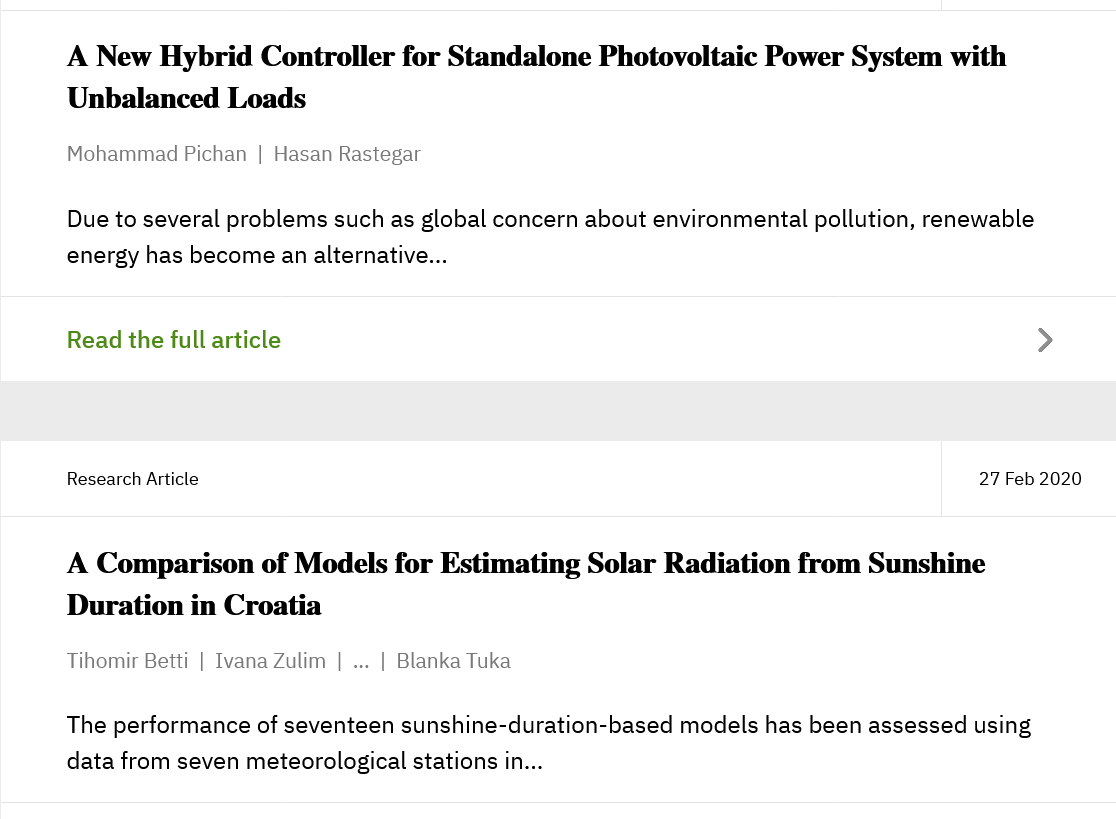
Due to several problems such as global concern about environmental pollution, renewable
     energy has become an alternative...
     A Comparison   of Models  for Estimating Solar Radiation from  Sunshine
     Duration  in Croatia
     The performance of seventeen sunshine-duration-based models has been assessed using
     data from seven meteorological stations in...
     Read the full article    >
     Research Article    27 Feb 2020
     Tihomir Betti | Ivana Zulim |
     ...
     | Blanka Tuka
     A New  Hybrid  Controller for Standalone  Photovoltaic Power  System with
     Unbalanced  Loads
     Mohammad Pichan | Hasan Rastegar